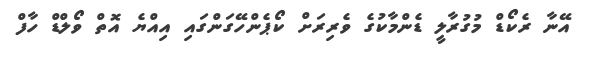
އޭނާ ރެކޯޑް މުގުރާލީ ޑެންމާކުގެ ވެރިރަށް ކޯޕެންހޭގަންގައި އިއްޔެ އޮތް ވޯލްޑް ހާފް